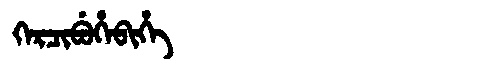
Manchu: ᡴᡝᡵᠴᡳᠪᡠᡥᡝᠪᡳᡥᡝ
Romanization: KERCIBUHEBIHE